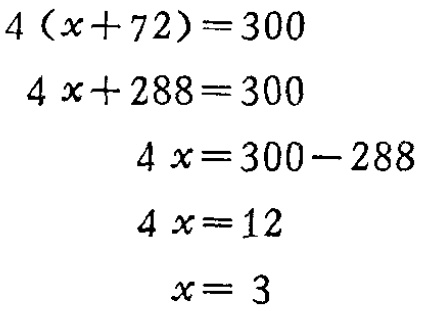
\[

\begin{align*}

4(x + 72)&=300\\

4x+288&=300\\

4x&=300 - 288\\

4x&=12\\

x&=3

\end{align*}

\]